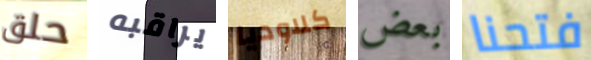
حلق يراقبه كلاوديا بعض فتحنا